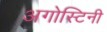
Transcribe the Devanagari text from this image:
अगोस्टिनी